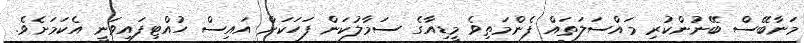
މަނާބޭސް ބޭނުންކުރި މައްސަލަތައް ފެންމަތިވެ މީޑިއާގެ ސަމާލުކަން ފަހަކަށް އައިސް ހުއްޓިފައިވަނީ އެކަމަށެވެ.